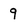
Character: 9